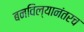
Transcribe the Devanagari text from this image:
बनविल्यानंतरच